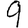
Digit: 9